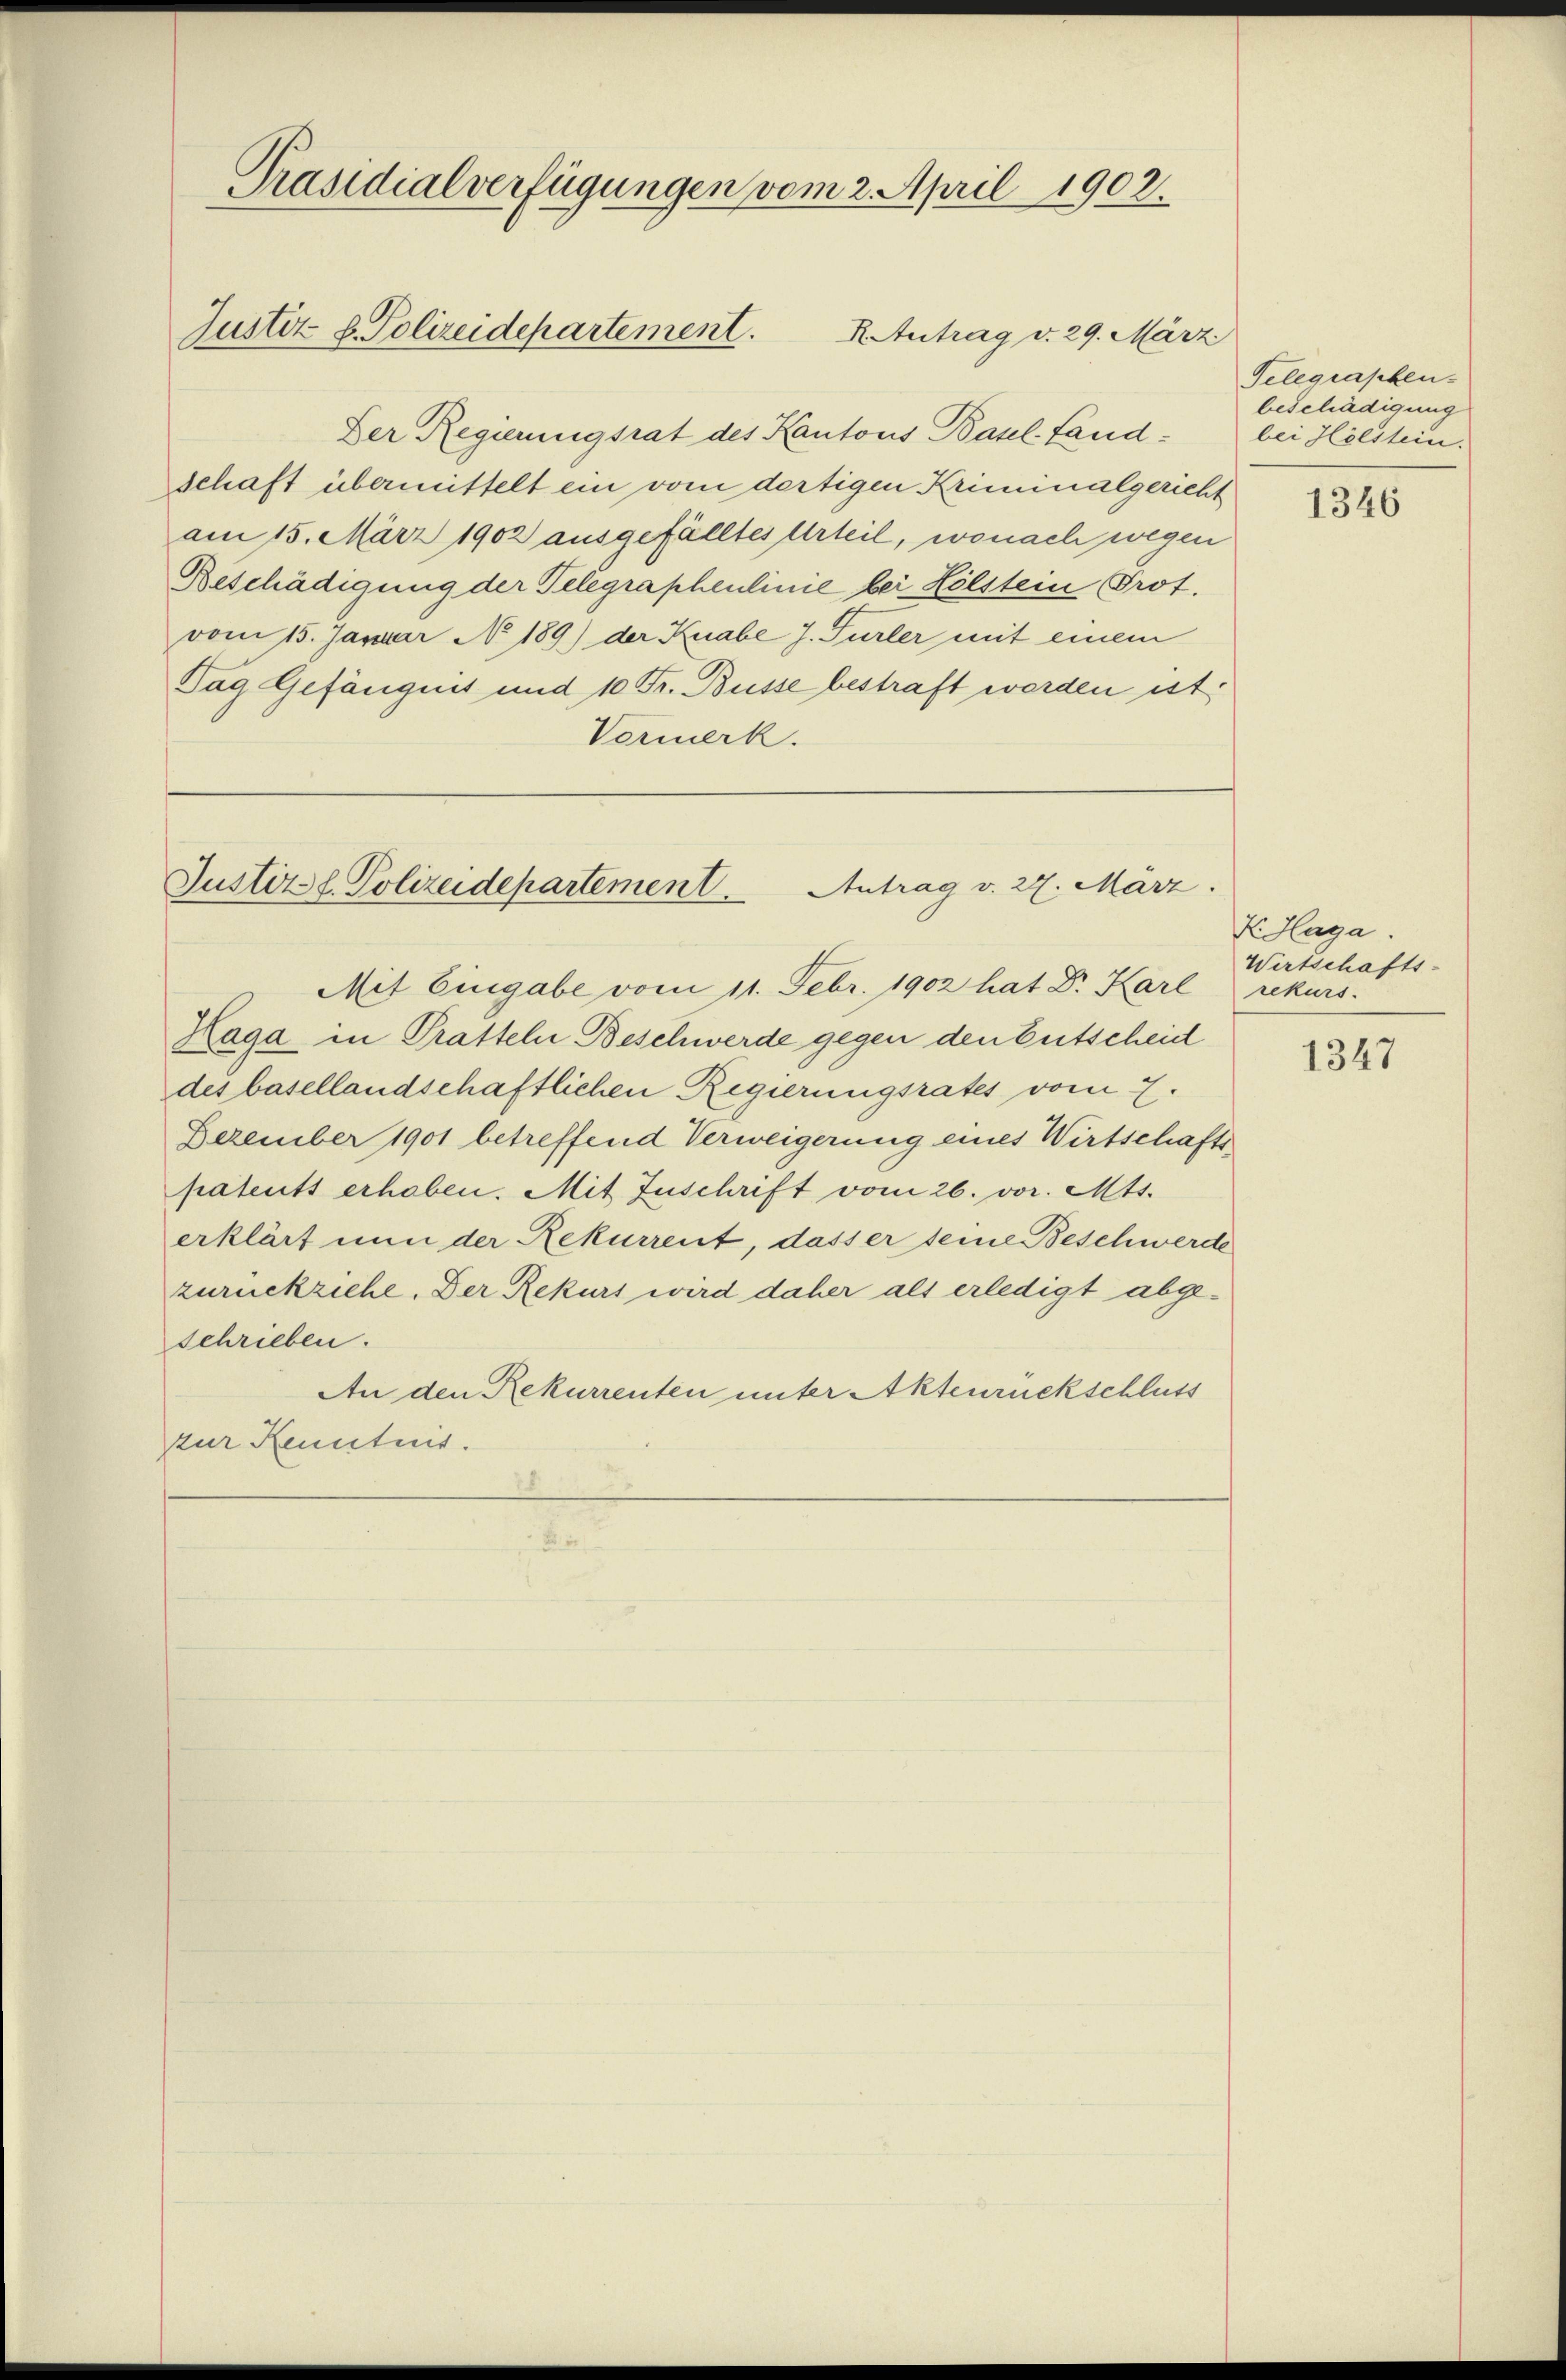
Präsidialverfügungen vom 2. April 1902.
Justiz d. Polizeidepartement.
R. Antrag v. 29. März.

Der Regierungsrat des Kantons Basel-Landschaft übermittelt ein vom dortigen Kriminalgericht
am 15. März 1902 ausgefälltes Urteil, wonach wegen
Beschädigung der Telegraphenlinie bei Hölstem Prot.
vom 15. Januar No 189) der Knabe J. Fürler mit einem
Tag Gefängnis und 10 Fr. Busse bestraft werden ist,
Vermerk.

Haga in Pratteln Beschwerde gegen den Entscheid
des basellandschaftlichen Regierungsrates vom 7.
Dezember 1901 betreffend Verweigerung eines Wirtschaftspatents erhoben. Mit Zuschrift vom 26. vor. Mts.
erklärt nun der Rekurrent, dass er seine Beschwerde
zurückziehe. Der Rekurs wird daher als erledigt abgeschrieben.
An den Rekurrenten unter Aktenrückschluss
zur Kenntnis.

Justizl. Polizeidepartement. Antrag v. 22. März.
Mit Eingabe vom 11. Febr. 1902 hat Dr. Karl

Telegraphen-
beschädigung
bei Holstein.

1340

X. Haga.
Wirtschafts-
rekurs.

1347